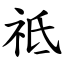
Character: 祗